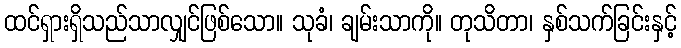
ထင်ရှားရှိသည်သာလျှင်ဖြစ်သော။ သုခံ၊ ချမ်းသာကို။ တုသိတာ၊ နှစ်သက်ခြင်းနှင့်